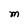
Character: M